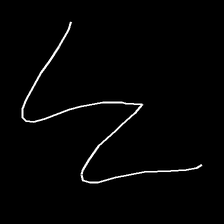
Glyph: crush